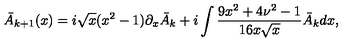
\bar { A } _ { k + 1 } ( x ) = i \sqrt { x } ( x ^ { 2 } - 1 ) \partial _ { x } \bar { A } _ { k } + i \int \frac { 9 x ^ { 2 } + 4 \nu ^ { 2 } - 1 } { 1 6 x \sqrt { x } } \bar { A } _ { k } d x ,